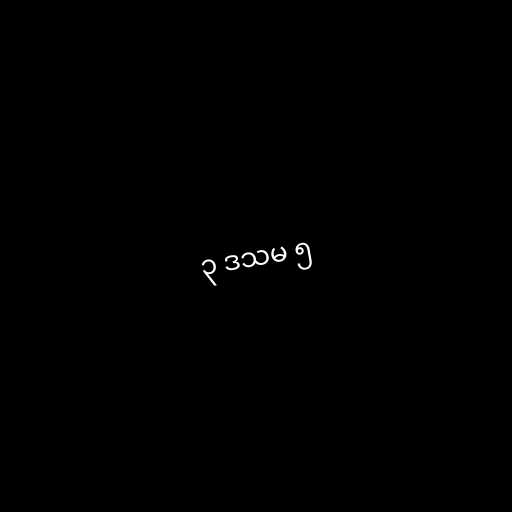
၃ ဒသမ ၅